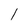
Character: l